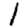
Digit: 1